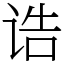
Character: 诰